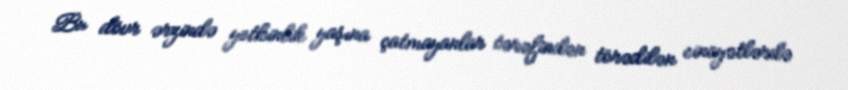
Bu dövr ərzində yetkinlik yaşına çatmayanlar tərəfindən törədilən cinayətlərdə